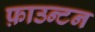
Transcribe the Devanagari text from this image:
फ़ाउन्टन